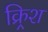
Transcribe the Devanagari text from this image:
क्र्रिश